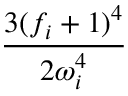
\frac { 3 ( f _ { i } + 1 ) ^ { 4 } } { 2 \omega _ { i } ^ { 4 } }